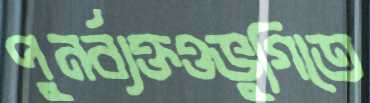
পুনর্ব্যক্তওভুগিতে